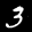
Label: 3